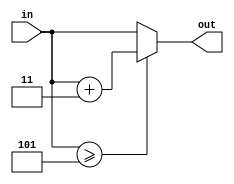

module CondAdd3(in, out);
    input [3:0] in;
    output [3:0] out;

    assign out = in >= 5 ? in + 4'b0011 : in;
endmodule

module Binary2BCD(in, out);
    input [7:0] in;
    output [11:0] out;
    wire [28:1] temp;

    CondAdd3 c1({1'b0,in[7:5]}, temp[4:1]);
    CondAdd3 c2({temp[3:1], in[4]}, temp[8:5]);
    CondAdd3 c3({temp[7:5], in[3]}, temp[12:9]);
    CondAdd3 c4({temp[11:9], in[2]}, temp[16:13]);
    CondAdd3 c5({temp[15:13], in[1]}, temp[20:17]);
    CondAdd3 c6({1'b0, temp[4], temp[8], temp[12]}, temp[24:21]);
    CondAdd3 c7({temp[23:21], temp[16]}, temp[28:25]);

    assign out = {1'b0, 1'b0, temp[24], temp[28:25], temp[20:17], in[0]};
endmodule

module Binary2BCD_DUT();
    reg [7:0] in;
    wire [11:0] out;

    Binary2BCD b2b(in, out);

    initial begin
        in = 1;
        #10;
        in = 112;  
        #10;
        in = 251;
        #10;
        in = 0;
        #10;
        in = 156;
        #10;
        in = 045;
        #10;
        in = 255;
        #10;
        in = 100;
        #10;
        in = 124;
        #10;
        in = 235;
        #10;
        in = 050;
    end

    initial begin
        $display("Binary2BCD_DUT");
        $display("==================================");
        $monitor("Expected: 000000000001, Actual: %h\n",out);
        #10;
        $monitor("Expected: 000000011100, Actual: %h\n",out);
        #10;
        $monitor("Expected: 000010010011, Actual: %h\n",out);
        #10;
        $monitor("Expected: 000000000000, Actual: %h\n",out);
        #10;
        $monitor("Expected: 000000010110, Actual: %h\n",out);
        #10;
        $monitor("Expected: 000000010101, Actual: %h\n",out);
        #10;
        $monitor("Expected: 000000111111, Actual: %h\n",out);
        #10;
        $monitor("Expected: 000000011001, Actual: %h\n",out);
        #10;
        $monitor("Expected: 000000011100, Actual: %h\n",out);
        #10;
        $monitor("Expected: 000000111011, Actual: %h\n",out);
        #10;
        $monitor("Expected: 000000010010, Actual: %h\n",out);
    end
endmodule